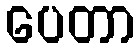
ပေတာ